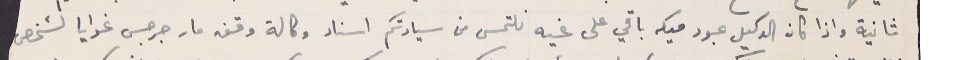
ثانية واذا كان الوكيل عبود ميكه باقي على غيه نلتمس من سيادتكم اسناد وكالة وقف مار جرجس غوايا لشخص